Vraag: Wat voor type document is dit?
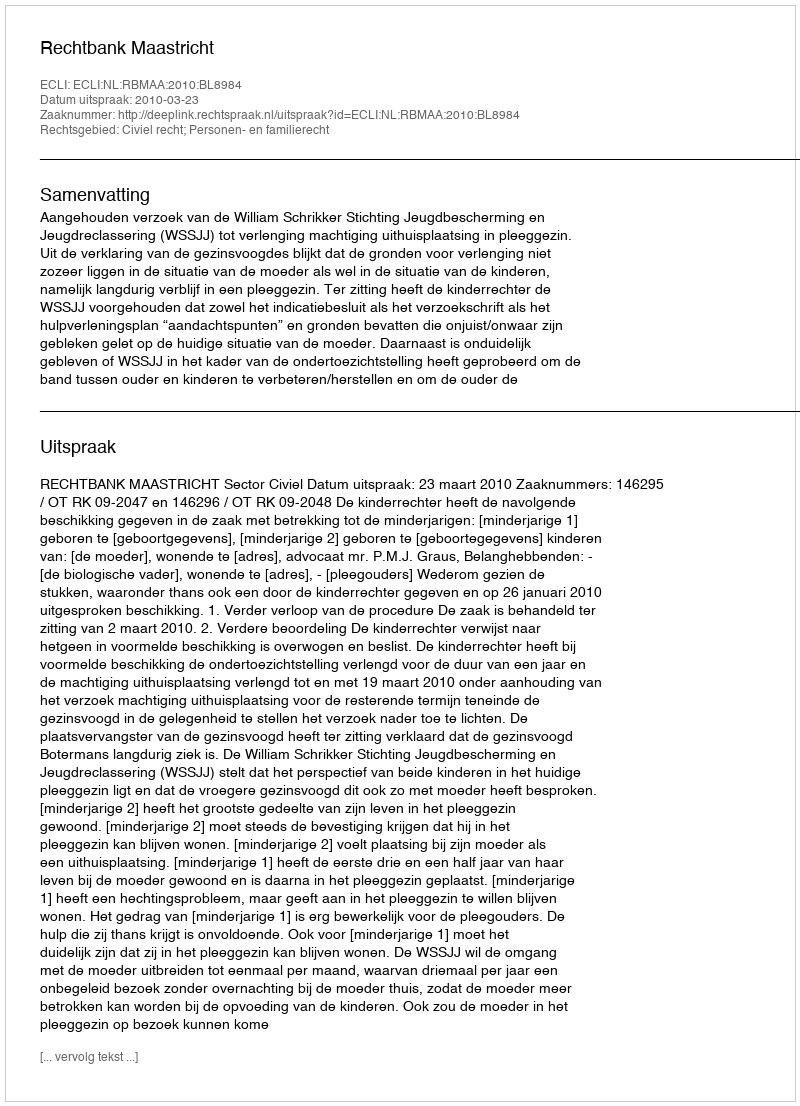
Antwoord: Uitspraak